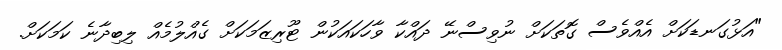
"އަޅުގަނޑަކަށް އެއްވެސް ގޮތަކަށް ނުވިސްނޭ ދައްކާ ވާހަކައަކުން ޓޫރިޒަމަކަށް ގެއްލުމެއް ލިބިދާނެ ކަމަކަށް.